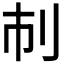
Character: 𠚷